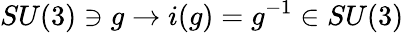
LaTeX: SU(3)\ni g\rightarrow i(g)=g^{-1}\in SU(3)